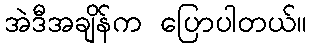
အဲဒီအချိန်က ပြောပါတယ်။